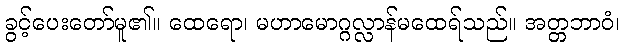
ခွင့်ပေးတော်မူ၏။ ထေရော၊ မဟာမောဂ္ဂလ္လာန်မထေရ်သည်။ အတ္တဘာဝံ၊